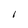
Character: 1